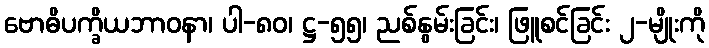
ဗောဓိပက္ခိယဘာဝနာ၊ ပါ-၈၀၊ ဋ္ဌ-၅၅၊ ညစ်နွမ်းခြင်း၊ ဖြူစင်ခြင်း ၂-မျိုးကို